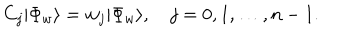
{ C } _ { j } | \Phi _ { w } \rangle = w _ { j } | \Phi _ { w } \rangle , \quad j = 0 , 1 , \ldots , n - 1 .